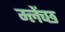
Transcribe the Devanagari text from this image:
म्लेंच्छ